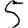
Digit: 5